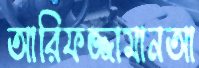
আরিফজ্জামানআ